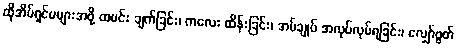
ထိုအိမ်ရှင်မများအဖို့ ထမင်း ချက်ခြင်း၊ ကလေး ထိန်းခြင်း၊ အပ်ချုပ် အလုပ်လုပ်ရခြင်း၊ လျှော်ဖွတ်